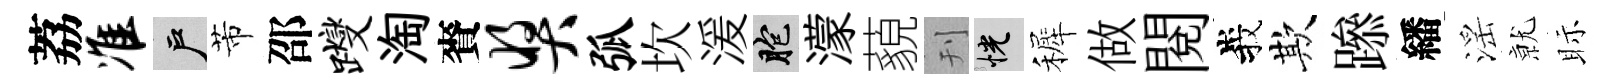
荔准户芾邵躞淘賚奖弧坎湲胞濛藐刊恍裤做閲峩欺𨅶繙滛𭕒眎